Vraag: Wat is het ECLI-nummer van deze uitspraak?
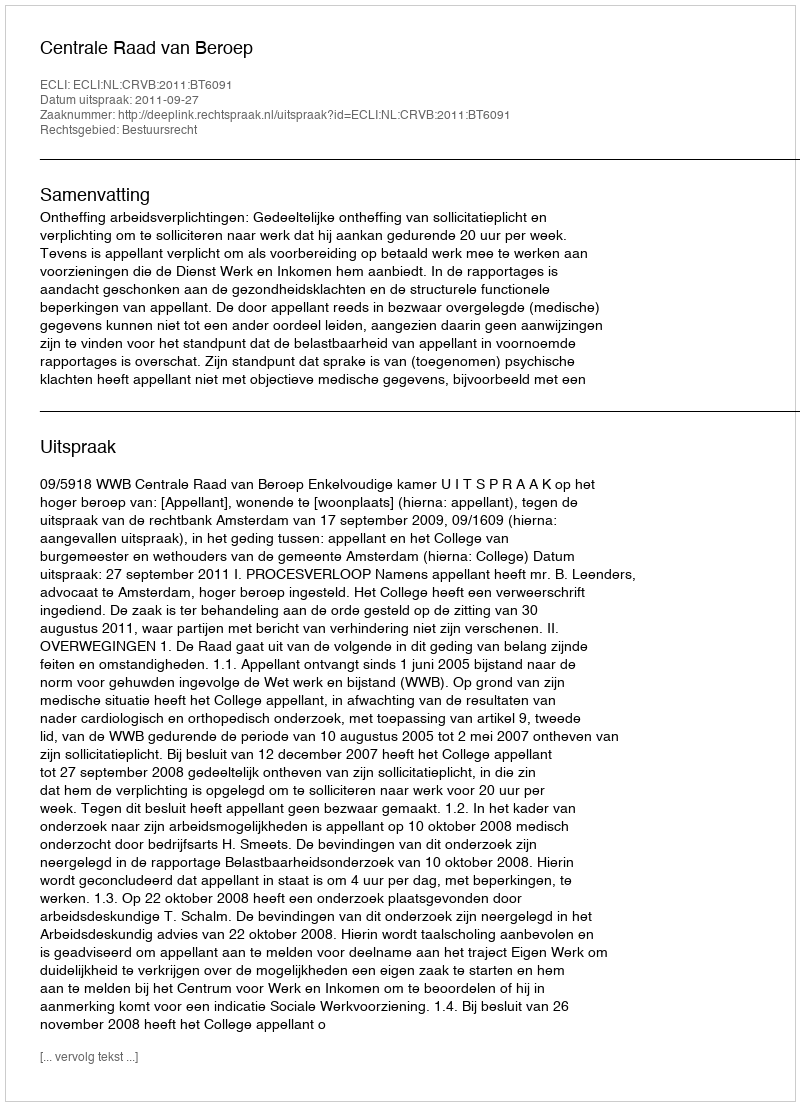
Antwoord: ECLI:NL:CRVB:2011:BT6091